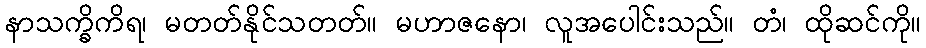
နာသက္ခိကိရ၊ မတတ်နိုင်သတတ်။ မဟာဇနော၊ လူအပေါင်းသည်။ တံ၊ ထိုဆင်ကို။